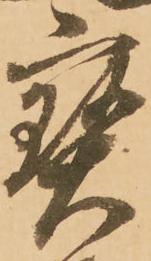
宝